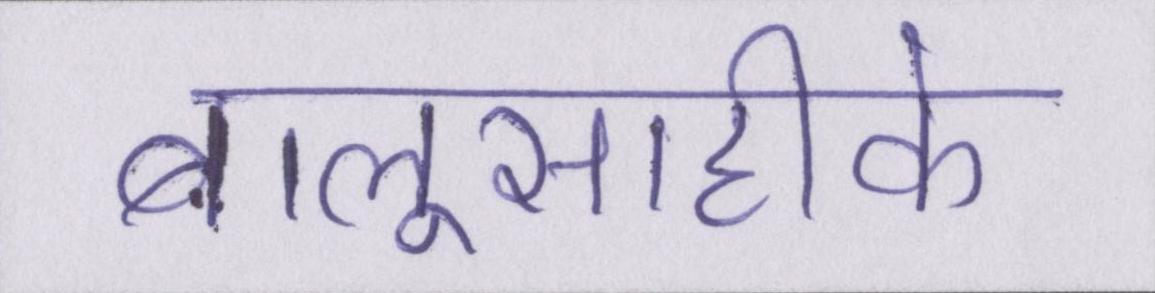
बालूसाहीके